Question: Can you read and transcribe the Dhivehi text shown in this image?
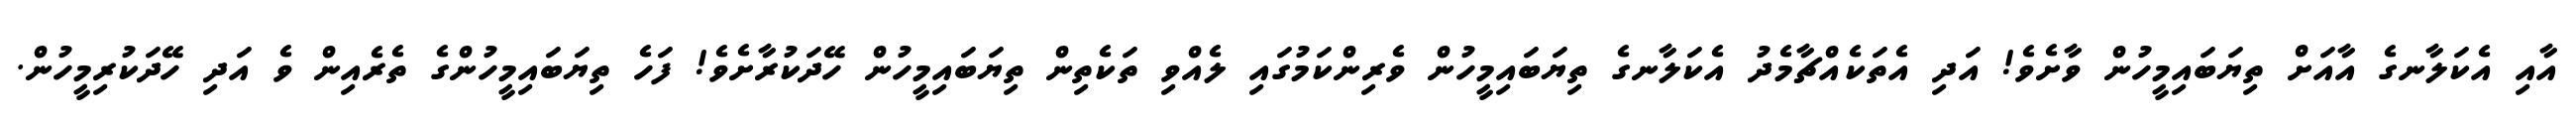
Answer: އާއި އެކަލާނގެ އާއަށް ތިޔަބައިމީހުން ވާށެވެ! އަދި އެތަކެއްޗާމެދު އެކަލާނގެ ތިޔަބައިމީހުން ވެރިންކަމުގައި ލެއްވި ތަކެތިން ތިޔަބައިމީހުން ހޭދަކުރާށެވެ! ފަހެ ތިޔަބައިމީހުންގެ ތެރެއިން ވެ އަދި ހޭދަކުރިމީހުން.